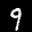
Label: 9